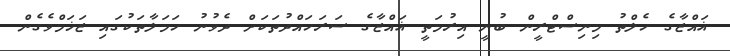
ޣައްޒާގެ ހެލްތު މިނިސްޓްރީން ބުނީ އިރުމަތީ ޣައްޒާގެ ސަރަހައްދުތަކަށް ދެވުނު ހަމަލާތަކުގައި ޒަޚަމްވެގެން